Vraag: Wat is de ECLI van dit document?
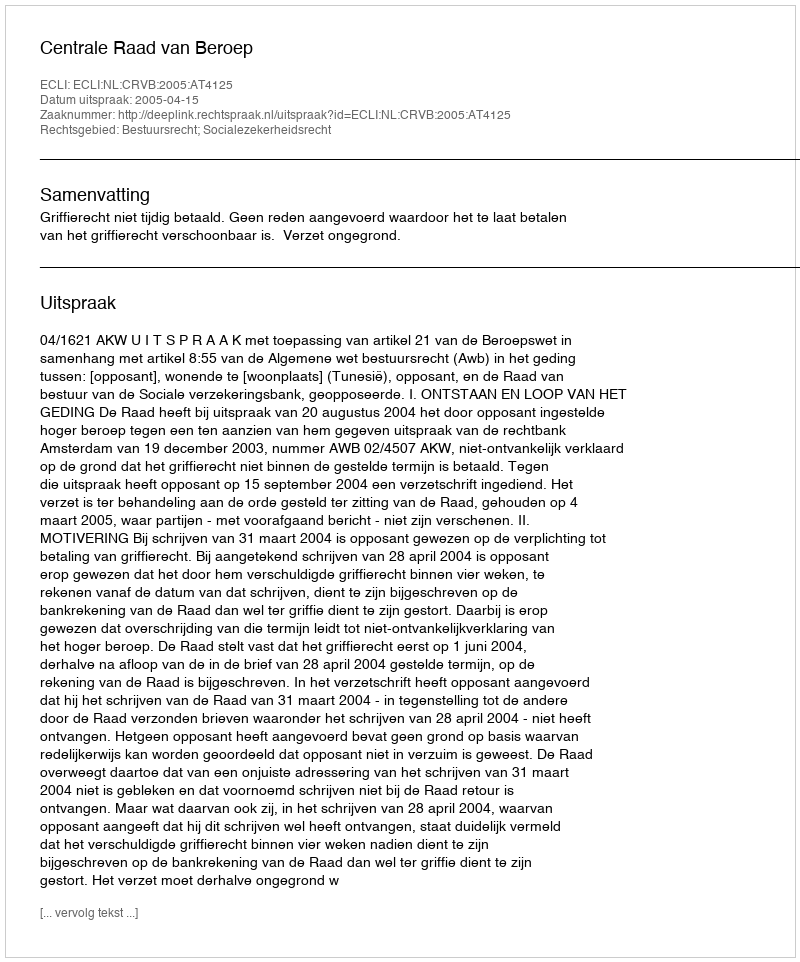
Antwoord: ECLI:NL:CRVB:2005:AT4125